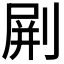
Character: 𠝭